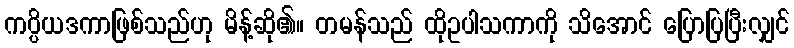
ကပ္ပိယဒကာဖြစ်သည်ဟု မိန့်ဆို၏။ တမန်သည် ထိုဥပါသကာကို သိအောင် ပြောပြပြီးလျှင်